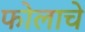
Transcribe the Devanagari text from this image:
फोलाचे